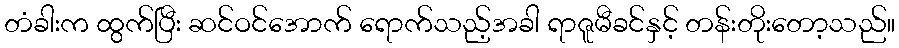
တံခါးက ထွက်ပြီး ဆင်ဝင်အောက် ရောက်သည့်အခါ ရာဇူမီခင်နှင့် တန်းတိုးတော့သည်။